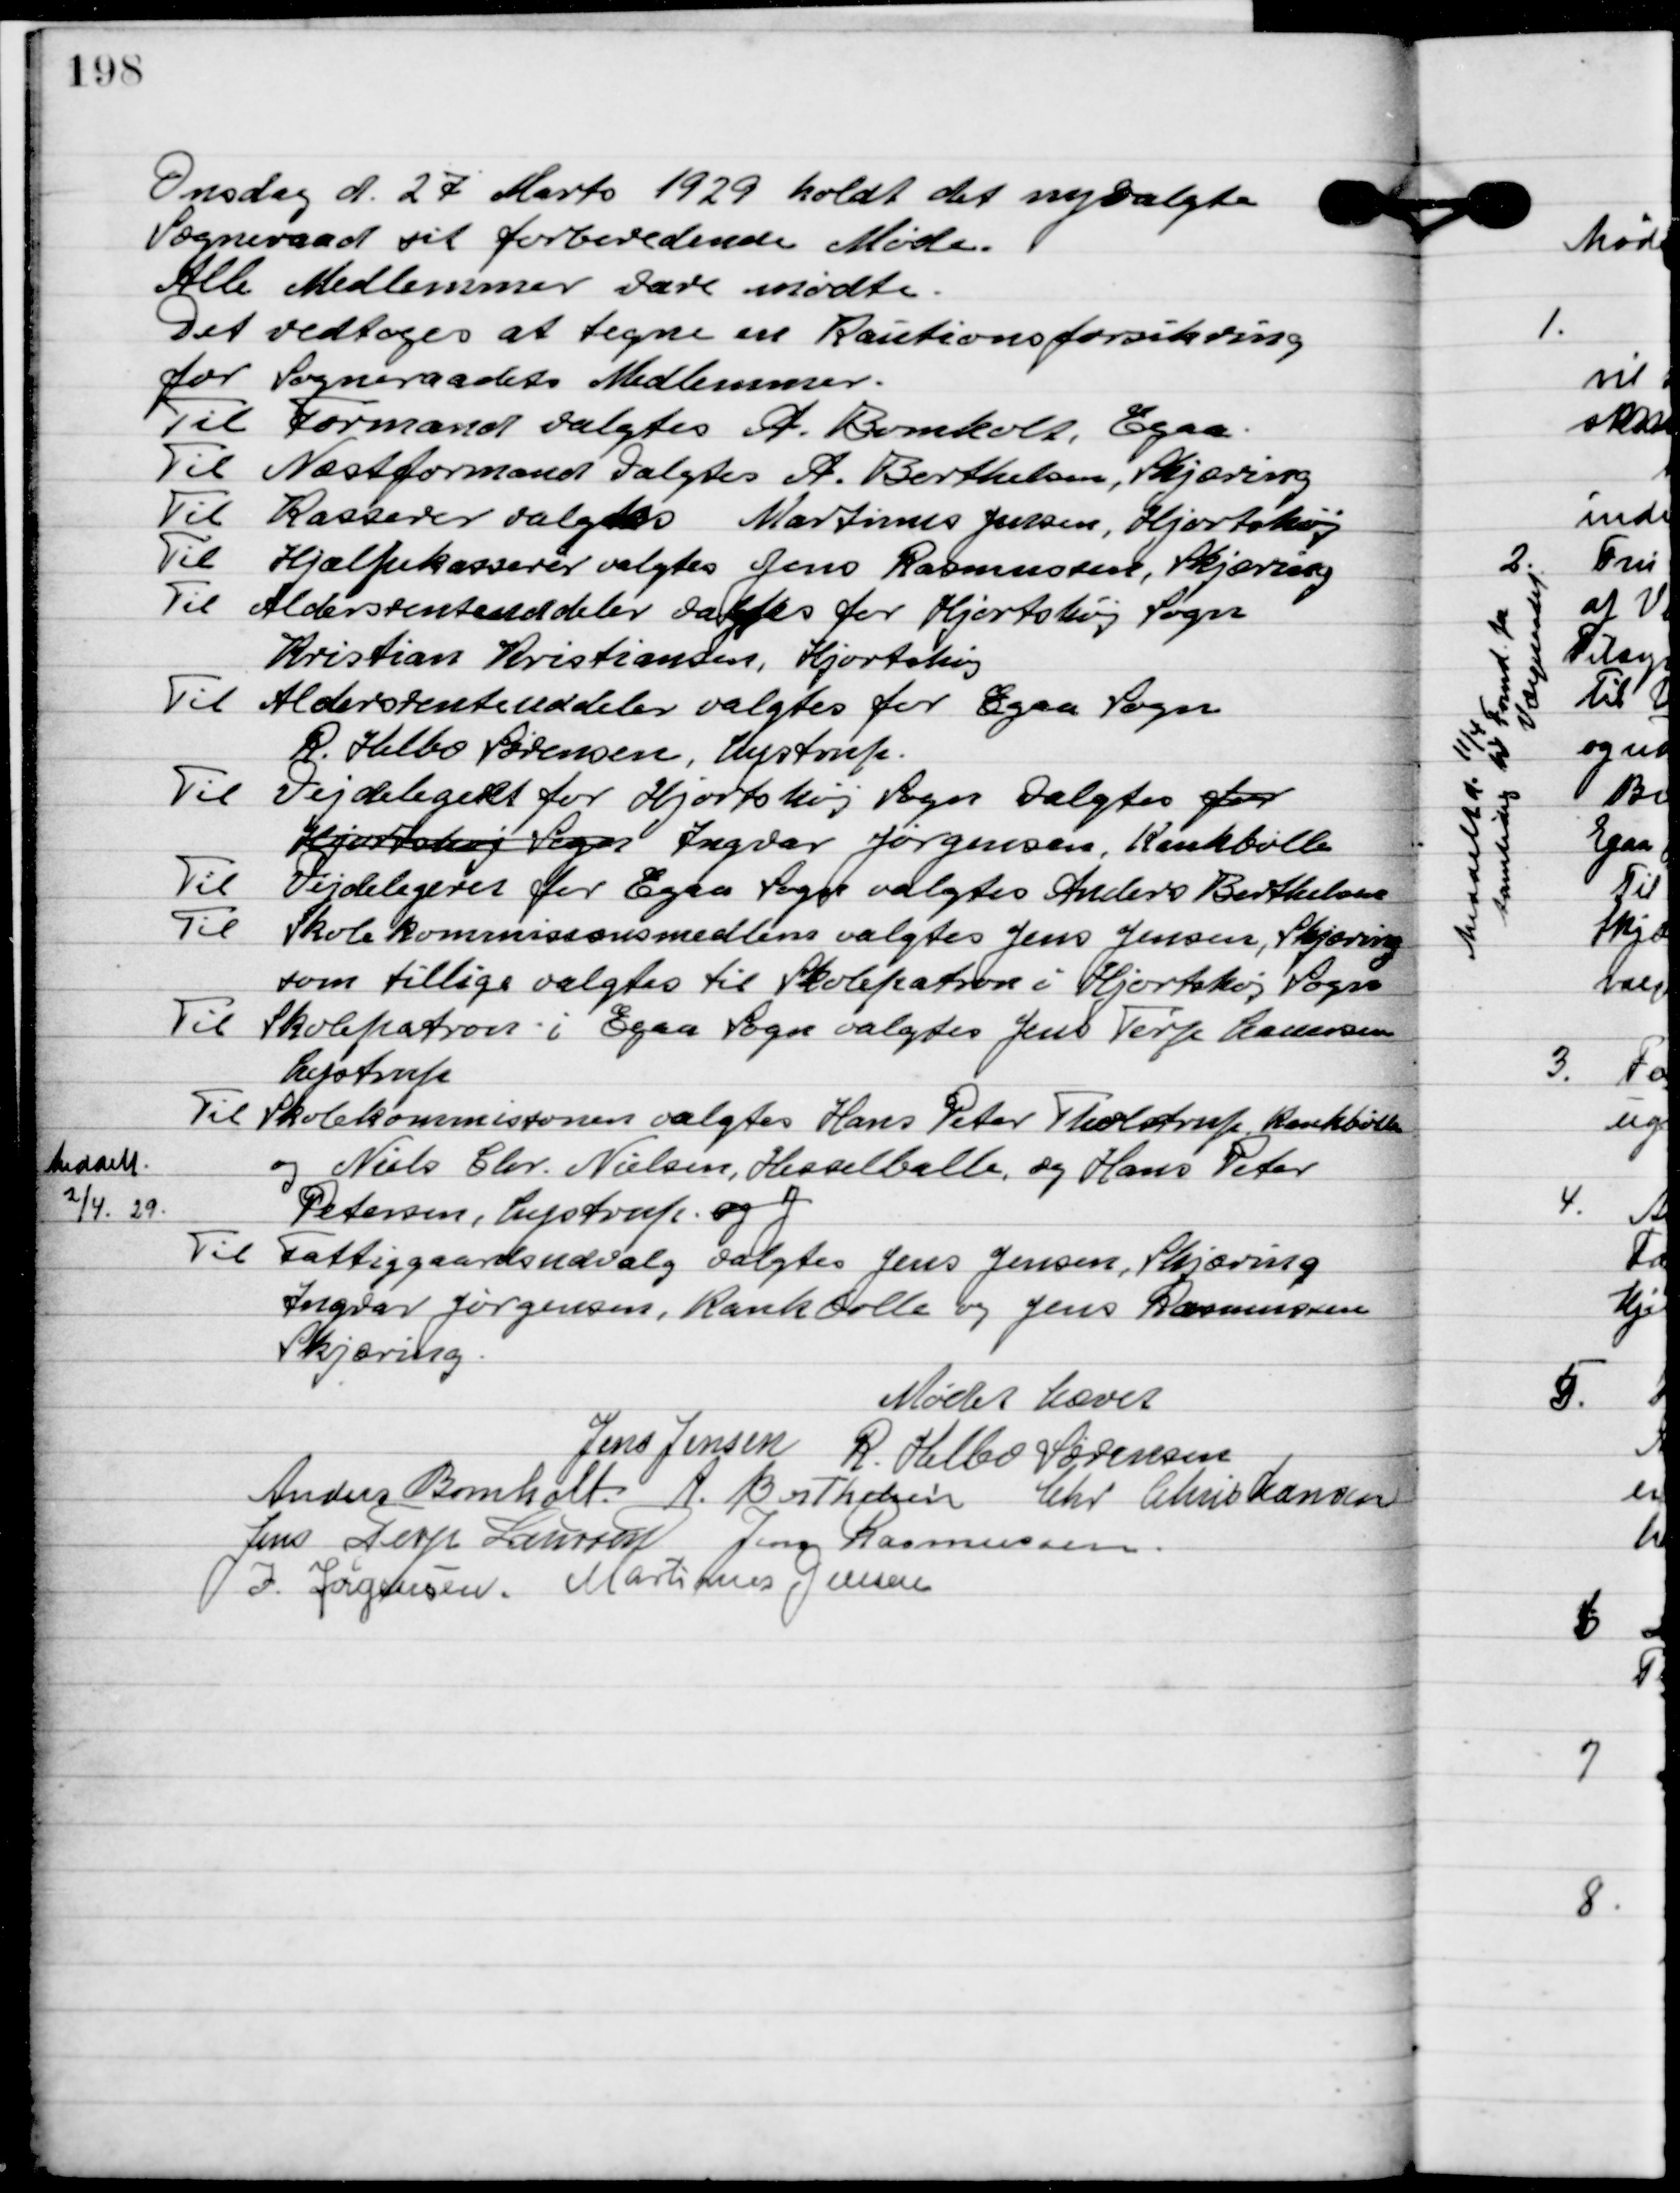
Transskription:
Onsdag d. 27. marts 1929 holdt det nyvalgte
sogneråd sit forberedende møde.
Alle medlemmer var mødte.

Det vedtoges at tegne en kautionsforsikring
for Sognerådets Medlemmer.

Til Formand valgtes A. Bomholt, Egå.
Til Næstformand valgtes A. Berthelsen, Skjæring
Til Kasserer valgtes Martinus Jensen, Hjortshøj
Til Hjælpekasserer valgtes Jens Rasmussen, Skjæring
Til Aldersrentemeddeler valgtes for Hjortshøj sogn
Kristian Kristiansen, Hjortshøj
Til aldersrenteuddeler valgtes for Egå sogn
R. Helbo Sørensen, Lystrup.
Til Vejdelegeret for Hjortshøj sogn valgtes
Hjortshøj sogn Ingvar Jørgensen, Kankbølle
Til Vejdelegeret for Egå sogn valgtes Anders Berthelsen
Til Skolekommissionsmedlem valgtes Jens Jensen, Skjæring
som tillige valgtes til skolepatron i Hjortshøj Sogn
Til skolepatron i Egå Sogne valgtes Jens Terp Laursen
Lystrup
Til Skolekommissionen valgtes hans Peter Tholstrup Kankbølle
meddelt
2/4. 29
og Niels Chr. Nielsen, Hesselballe og Hans Peter
 Petersen, Lystrup. og J
Til fattiggårdsudvalg valgtes Jens Jensen, Skjæring
Ingvar Jørgensen, Kankbølle og Jens Rasmussen
Skjæring.

Mødet hævet

Jens Jensen
R. Helbo Sørensen
Anders Bomholt
A. Berthelsen
Chr. Christiansen
Jens Terp Laursen
Jens Rasmussen
J. Jørgensen
Martinus Jensen